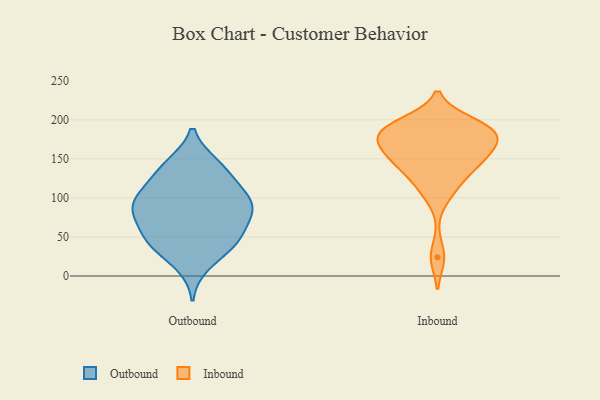
{"axis": {"x": "Tickets Resolved", "y": "Value"}, "legend": ["Inbound", "Outbound"], "data": [{"x": "", "y": 143, "type": "Outbound"}, {"x": "", "y": 112, "type": "Outbound"}, {"x": "", "y": 90, "type": "Outbound"}, {"x": "", "y": 51, "type": "Outbound"}, {"x": "", "y": 81, "type": "Outbound"}, {"x": "", "y": 113, "type": "Outbound"}, {"x": "", "y": 87, "type": "Outbound"}, {"x": "", "y": 44, "type": "Outbound"}, {"x": "", "y": 86, "type": "Outbound"}, {"x": "", "y": 51, "type": "Outbound"}, {"x": "", "y": 38, "type": "Outbound"}, {"x": "", "y": 87, "type": "Outbound"}, {"x": "", "y": 136, "type": "Outbound"}, {"x": "", "y": 41, "type": "Outbound"}, {"x": "", "y": 143, "type": "Outbound"}, {"x": "", "y": 14, "type": "Outbound"}, {"x": "", "y": 107, "type": "Outbound"}, {"x": "", "y": 75, "type": "Outbound"}, {"x": "", "y": 184, "type": "Inbound"}, {"x": "", "y": 191, "type": "Inbound"}, {"x": "", "y": 24, "type": "Inbound"}, {"x": "", "y": 145, "type": "Inbound"}, {"x": "", "y": 118, "type": "Inbound"}, {"x": "", "y": 105, "type": "Inbound"}, {"x": "", "y": 170, "type": "Inbound"}, {"x": "", "y": 181, "type": "Inbound"}, {"x": "", "y": 165, "type": "Inbound"}, {"x": "", "y": 169, "type": "Inbound"}, {"x": "", "y": 188, "type": "Inbound"}, {"x": "", "y": 189, "type": "Inbound"}, {"x": "", "y": 196, "type": "Inbound"}, {"x": "", "y": 152, "type": "Inbound"}, {"x": "", "y": 145, "type": "Inbound"}, {"x": "", "y": 138, "type": "Inbound"}]}